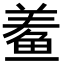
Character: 鲝